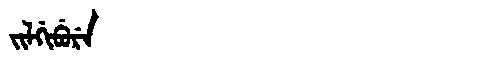
Manchu: ᠵᡳᠯᡤᡳᠪᡠᡵᡝ
Romanization: JILGIBURE